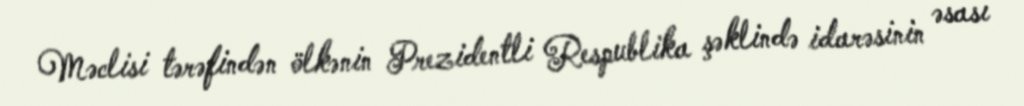
Məclisi tərəfindən ölkənin Prezidentli Respublika şəklində idarəsinin əsası